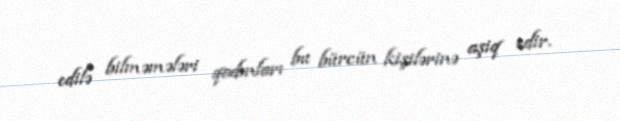
edilə bilməmələri qadınları bu bürcün kişilərinə aşiq edir.